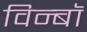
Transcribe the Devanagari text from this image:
विन्बॉ